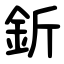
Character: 釿